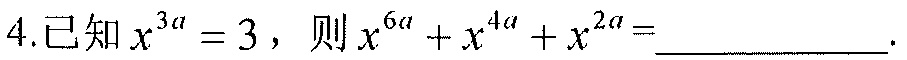
4.已知\(x^{3a}=3\)，则\(x^{6a}+x^{4a}+x^{2a}=\underline{\quad\quad}\).